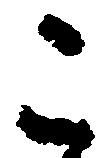
こ